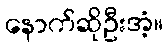
နောက်ဆိုဦးအံ့။